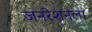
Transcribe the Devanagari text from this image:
जनरेशनला